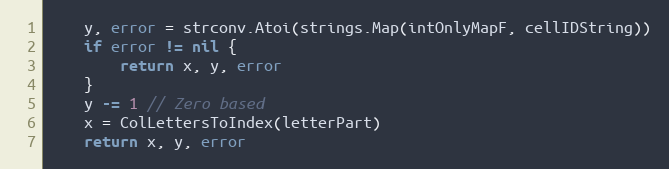
Language: Go
	y, error = strconv.Atoi(strings.Map(intOnlyMapF, cellIDString))
	if error != nil {
		return x, y, error
	}
	y -= 1 // Zero based
	x = ColLettersToIndex(letterPart)
	return x, y, error